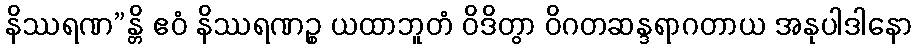
နိဿရဏ”န္တိ ဧဝံ နိဿရဏဉ္စ ယထာဘူတံ ဝိဒိတွာ ဝိဂတဆန္ဒရာဂတာယ အနုပါဒါနော